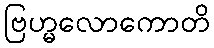
ဗြဟ္မလောကောတိ